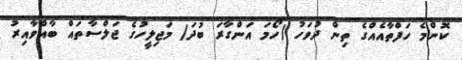
ކޮންމެ ހަފްތާއެއްގެ ތިން ދުވަހު (ހޯމަ އަންގާރަ ބުދަ) މަޖިލީހުގެ ޖަލްސާތައް ބާއްވާއިރު